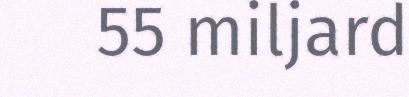
55 miljard